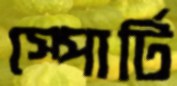
স্পোর্টি